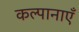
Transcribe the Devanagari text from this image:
कल्पानाएँ